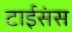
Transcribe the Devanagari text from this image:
टाईसंस